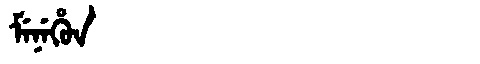
Manchu: ᠮᡝᠨᡝᡥᡠᠨ
Romanization: MENEHUN